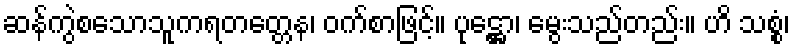
ဆန်ကွဲစသောသူကရတတ္တေန၊ ဝက်စာဖြင့်။ ပုဋ္ဌော၊ မွေးသည်တည်း။ ဟိ သစ္စံ၊